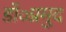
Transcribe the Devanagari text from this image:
डॉ०प्रमुद